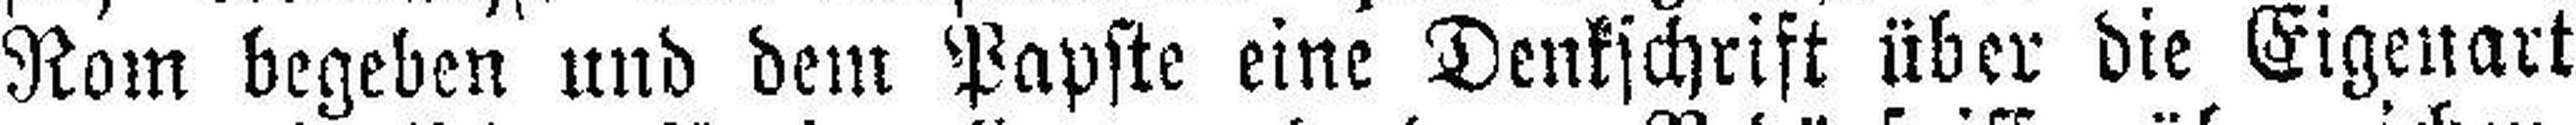
Rom begeben und dem Papste eine Denkschrift über die Eigenart